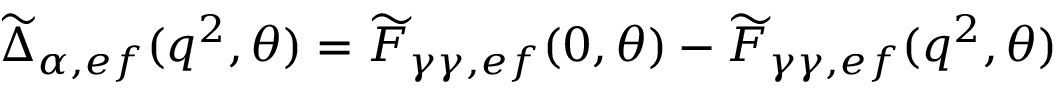
\widetilde { \Delta } _ { \alpha , e f } ( q ^ { 2 } , \theta ) = \widetilde { F } _ { \gamma \gamma , e f } ( 0 , \theta ) - \widetilde { F } _ { \gamma \gamma , e f } ( q ^ { 2 } , \theta )